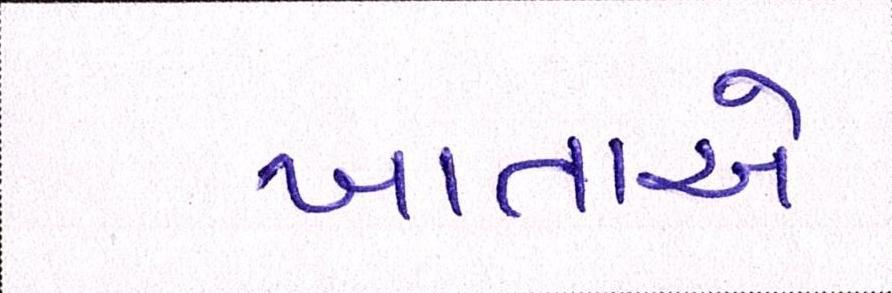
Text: ખાતાએ